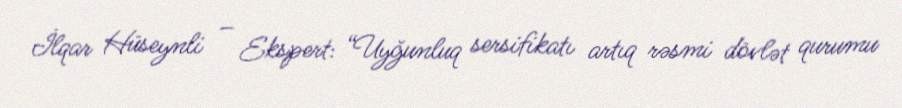
İlqar Hüseynli – Ekspert: “Uyğunluq sersifikatı artıq rəsmi dövlət qurumu